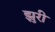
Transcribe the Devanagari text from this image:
झुरी